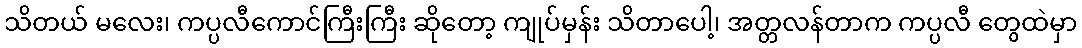
သိတယ် မလေး၊ ကပ္ပလီကောင်ကြီးကြီး ဆိုတော့ ကျုပ်မှန်း သိတာပေါ့၊ အတ္တလန်တာက ကပ္ပလီ တွေထဲမှာ